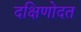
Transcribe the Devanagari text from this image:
दक्षिणोदत